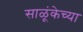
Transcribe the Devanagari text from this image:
साळूंकेच्या